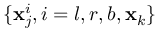
\{ \mathbf { x } _ { j } ^ { i } , i = l , r , b , \mathbf { x } _ { k } \}